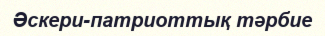
Әскери-патриоттық тәрбие